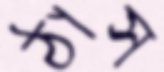
ঠাস